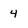
Character: 4